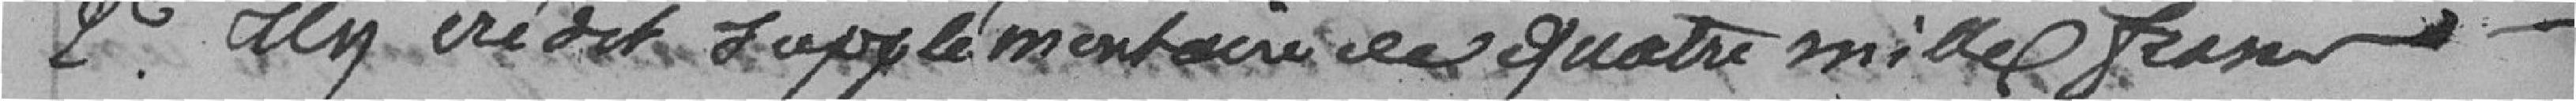
2° Un crédit supplémentaire de quatre mille francs